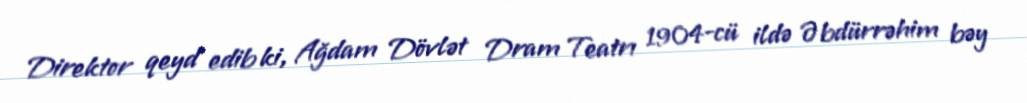
Direktor qeyd edib ki, Ağdam Dövlət Dram Teatrı 1904-cü ildə Əbdürrəhim bəy